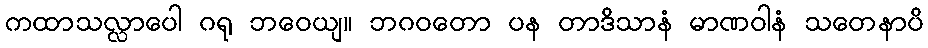
ကထာသလ္လာပေါ ဂရု ဘဝေယျ။ ဘဂဝတော ပန တာဒိသာနံ မာဏဝါနံ သတေနာပိ